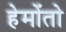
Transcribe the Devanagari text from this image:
हेमोंतो